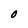
Character: O